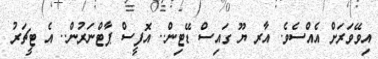
އިވޭވަރަށް އެއްސެވެ. އާރ ޔޫ ގައިސް ޑޭޓިން.. އޮފީސް ޕާޓްނަރުން.. އެ ޓީޗަރު